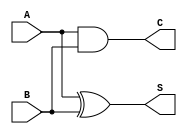
`timescale 1ns / 1ps
//////////////////////////////////////////////////////////////////////////////////
// Company: 
// Engineer: 
// 
// Design Name: 
// Module Name: half_adder
// Project Name: 
// Target Devices: 
// Tool Versions: 
// Description: 
// 
// Dependencies: 
// 
// Revision:
// Revision 0.01 - File Created
// Additional Comments:
// 
//////////////////////////////////////////////////////////////////////////////////


module half_adder(
    input A,
    input B,
    output S,
    output C
    );
    assign S=A^B;
    assign C=A&B;
endmodule